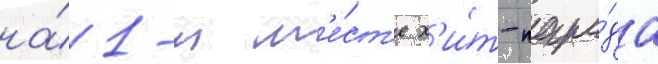
на́ 1-м м'е́ст'е х'и́т-пара́да